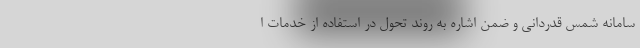
سامانه شمس قدردانی و ضمن اشاره به روند تحول در استفاده از خدمات ا